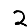
Digit: 2